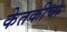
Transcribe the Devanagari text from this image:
केतकीचा